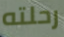
رحلته